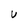
Character: U